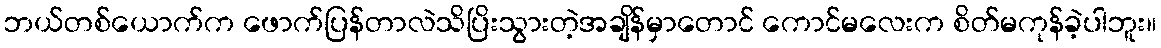
ဘယ်တစ်ယောက်က ဖောက်ပြန်တာလဲသိပြိးသွားတဲ့အချိန်မှာတောင် ကောင်မလေးက စိတ်မကုန်ခဲ့ပါဘူး။